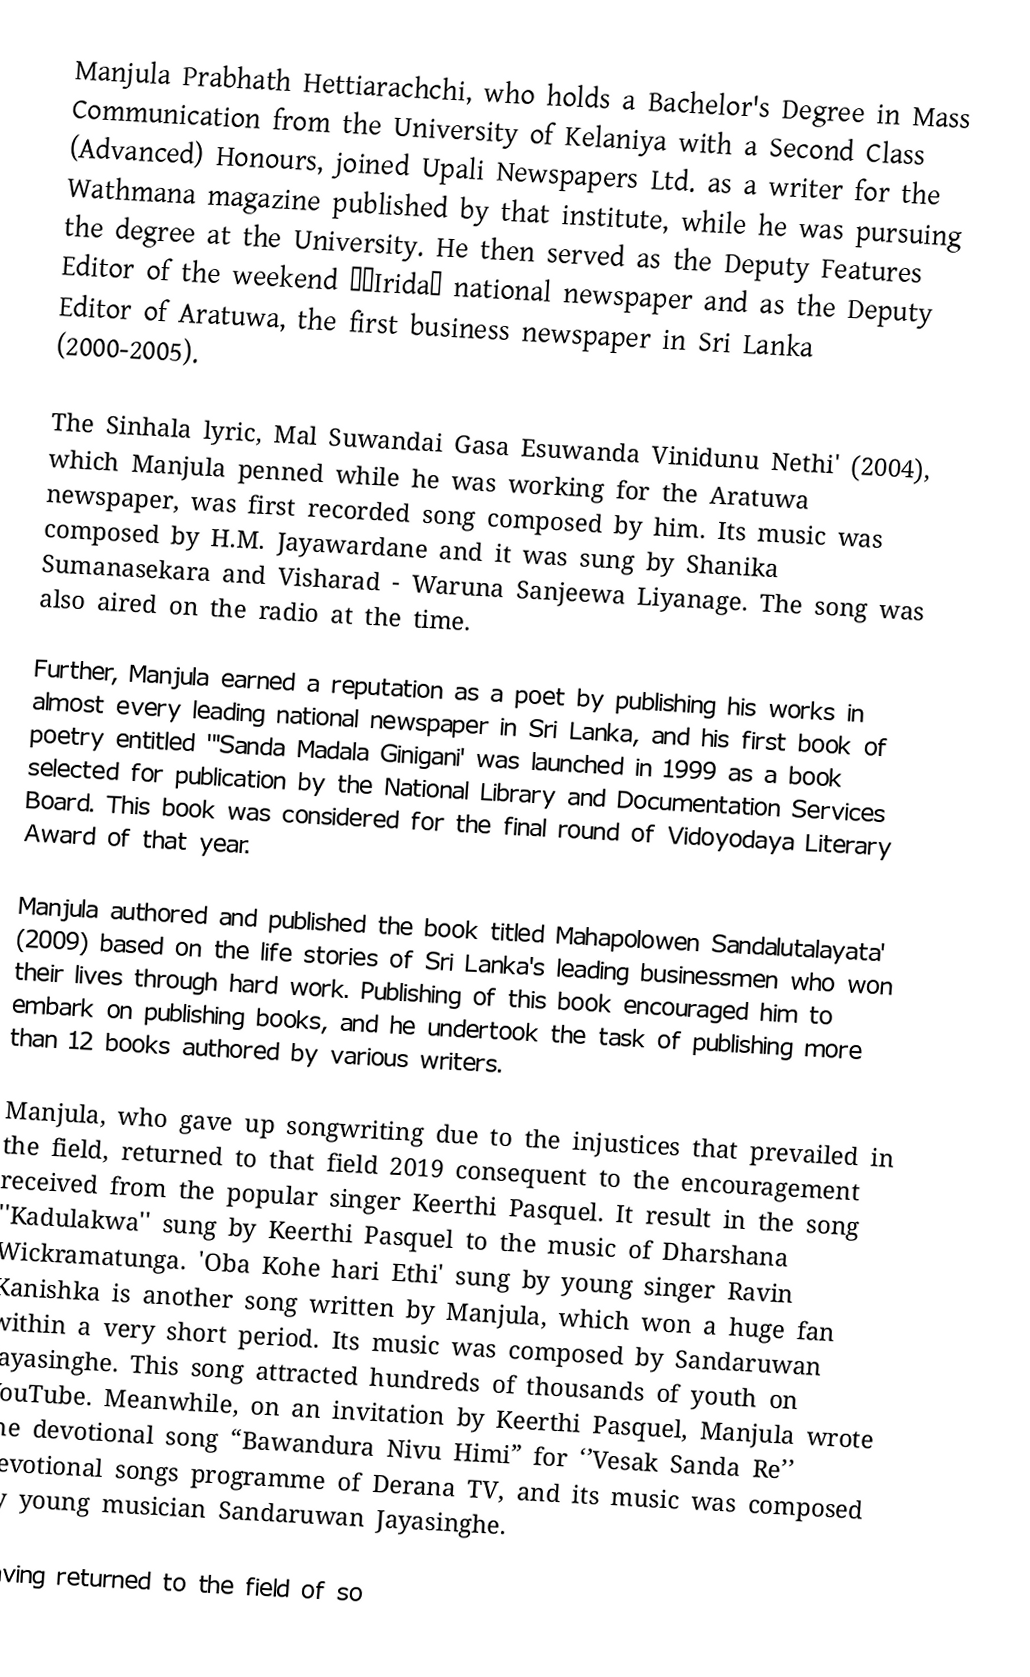
Manjula Prabhath Hettiarachchi, who holds a Bachelor's Degree in Mass Communication from the University of Kelaniya with a Second Class (Advanced) Honours, joined Upali Newspapers Ltd. as a writer for the Wathmana magazine published by that institute, while he was pursuing the degree at the University. He then served as the Deputy Features Editor of the weekend ‘’Irida” national newspaper and as the Deputy Editor of Aratuwa, the first business newspaper in Sri Lanka (2000-2005).

The Sinhala lyric, Mal Suwandai Gasa Esuwanda Vinidunu Nethi' (2004), which Manjula penned while he was working for the Aratuwa newspaper, was first recorded song composed by him. Its music was composed by H.M. Jayawardane and it was sung by Shanika Sumanasekara and Visharad - Waruna Sanjeewa Liyanage. The song was also aired on the radio at the time.

Further, Manjula earned a reputation as a poet by publishing his works in almost every leading national newspaper in Sri Lanka, and his first book of poetry entitled '''Sanda Madala Ginigani' was launched in 1999 as a book selected for publication by the National Library and Documentation Services Board. This book was considered for the final round of Vidoyodaya Literary Award of that year.

Manjula authored and published the book titled Mahapolowen Sandalutalayata' (2009) based on the life stories of Sri Lanka's leading businessmen who won their lives through hard work. Publishing of this book encouraged him to embark on publishing books, and he undertook the task of publishing more than 12 books authored by various writers.   

Manjula, who gave up songwriting due to the injustices that prevailed in the field, returned to that field 2019 consequent to the encouragement received from the popular singer Keerthi Pasquel. It result in the song ''Kadulakwa'' sung by Keerthi Pasquel to the music of Dharshana Wickramatunga. 'Oba Kohe hari Ethi' sung by young singer Ravin Kanishka is another song written by Manjula, which won a huge fan within a very short period. Its music was composed by Sandaruwan Jayasinghe. This song attracted hundreds of thousands of youth on YouTube. Meanwhile, on an invitation by Keerthi Pasquel, Manjula wrote the devotional song “Bawandura Nivu Himi” for ‘’Vesak Sanda Re’’ devotional songs programme of Derana TV, and its music was composed by young musician Sandaruwan Jayasinghe.

Having returned to the field of so